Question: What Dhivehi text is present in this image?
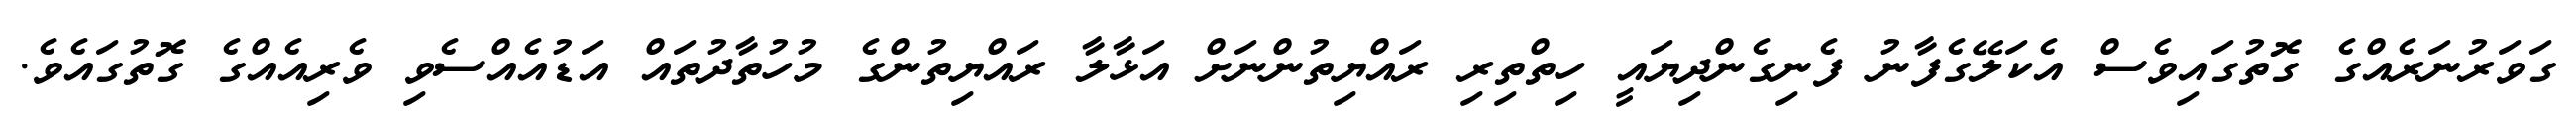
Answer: ގަވަރުނަރެއްގެ ގޮތުގައިވެސް އެކަލޭގެފާނު ފެނިގެންދިޔައީ ހިތްތިރި ރައްޔިތުންނަށް އަޅާލާ ރައްޔިތުންގެ މުހުތާދުތައް އަޑުއެއްސެވި ވެރިއެއްގެ ގޮތުގައެވެ.